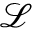
\mathcal { L }